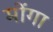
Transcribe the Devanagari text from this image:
मोंगा